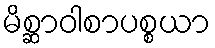
မိစ္ဆာဝါစာပစ္စယာ